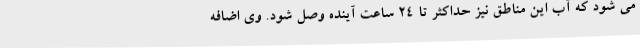
می شود که آب این مناطق نیز حداکثر تا ۲۴ ساعت آینده وصل شود. وی اضافه